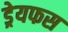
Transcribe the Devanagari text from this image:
ड्रेयफस